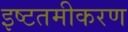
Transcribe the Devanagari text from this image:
इष्‍टतमीकरण